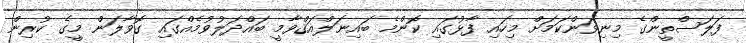
ފަލަސްތީންގެ މިނިވަންކަމަށް މިހައި ފާޅުގައި ކޮންމެ ބައިނަލްއަޤްވާމީ ބައްދަލުވުމެއްގައި ގޮވާލަން މީގެ ކުރިން